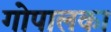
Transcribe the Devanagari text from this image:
गोपालका